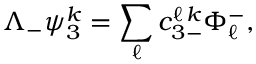
\Lambda _ { - } \psi _ { 3 } ^ { k } = \sum _ { \ell } { c _ { 3 - } ^ { \ell \, k } \Phi _ { \ell } ^ { - } } ,